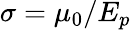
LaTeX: \sigma=\mu_{0}/E_{p}